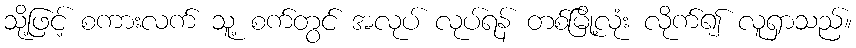
သို့ဖြင့် စကားလက် သူ့ စက်တွင် အလုပ် လုပ်ရန် တစ်မြို့လုံး လိုက်၍ လူရှာသည်။